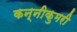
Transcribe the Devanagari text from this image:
कन्नीकुमरी